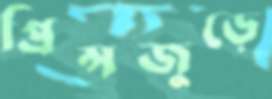
প্রিন্সজুড়ে